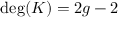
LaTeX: \deg ( K ) = 2 g - 2